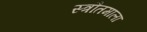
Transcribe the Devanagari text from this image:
स्त्रौतमाला